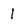
Character: 1